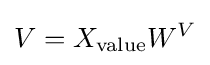
V=X_{\text{value}}W^{V}